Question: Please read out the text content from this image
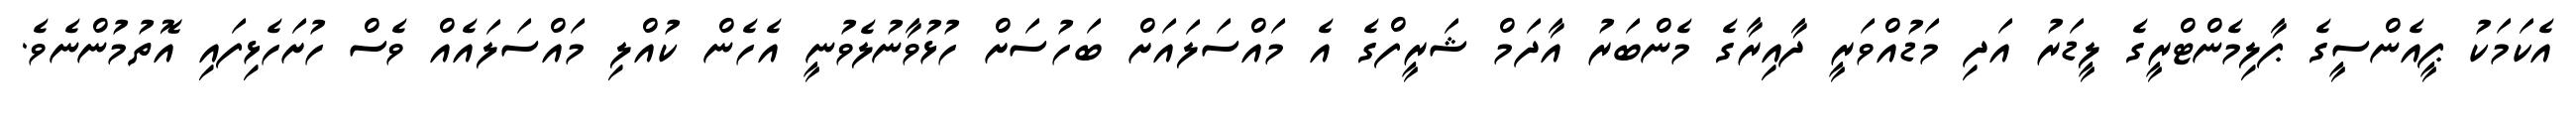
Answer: އެކަމަކު ޕީއެންސީގެ ޕާލިމެންޓްރީގެ ލީޑަރު އަދި މަޑުއްވަރީ ދާއިރާގެ މެންބަރު އާދަމް ޝަރީފްގެ އެ މައްސަލައަށް ބަހުސަށް ހުޅުވާނުލެވުނީ އެހެން ކުއްލި މައްސަލައެއް ވެސް ހުށަހެޅިފައި އޮތުމުންނެވެ.